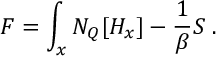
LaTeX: F = \int _ { x } { \cal N } _ { Q } [ { \cal H } _ { x } ] - { \frac { 1 } { \beta } } S \; .